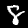
Digit: 8